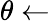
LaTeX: \theta\gets